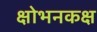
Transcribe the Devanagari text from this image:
क्षोभनकक्ष